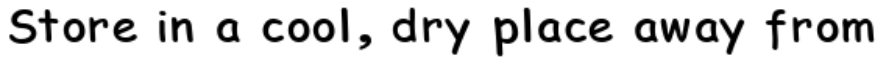
Store in a cool, dry place away from